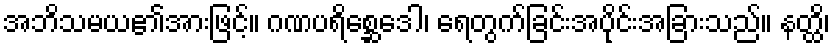
အဘိသမယ၏အားဖြင့်။ ဂဏပရိစ္ဆေဒေါ၊ ရေတွက်ခြင်းအပိုင်းအခြားသည်။ နတ္ထိ၊